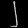
Digit: ၂